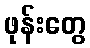
ဖုန်းတွေ